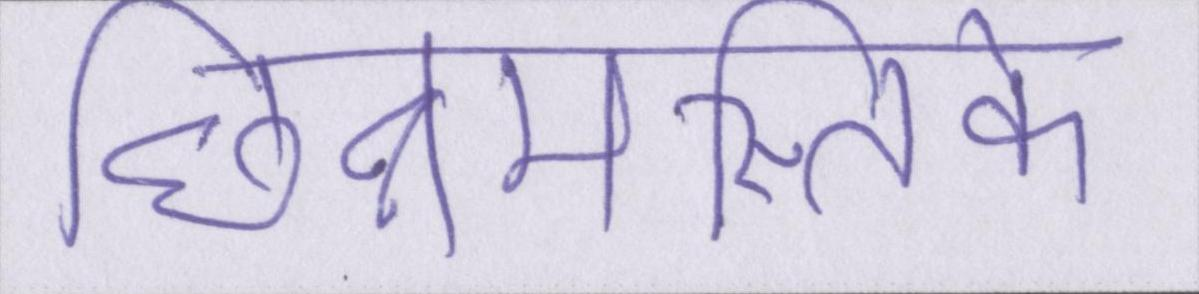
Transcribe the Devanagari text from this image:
छिन्नमस्तिके